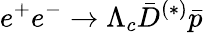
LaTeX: e^{+}e^{-}\to\Lambda_{c}\bar{D}^{(*)}\bar{p}